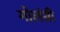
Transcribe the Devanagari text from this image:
गोलंग्री